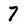
Character: 7